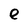
Character: e